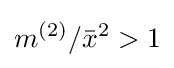
m^{(2)}/{\bar {x}}^{2}>1